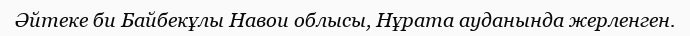
Әйтеке би Байбекұлы Навои облысы, Нұрата ауданында жерленген.